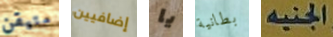
متيقن إضافيين يا بطانية الجنيه